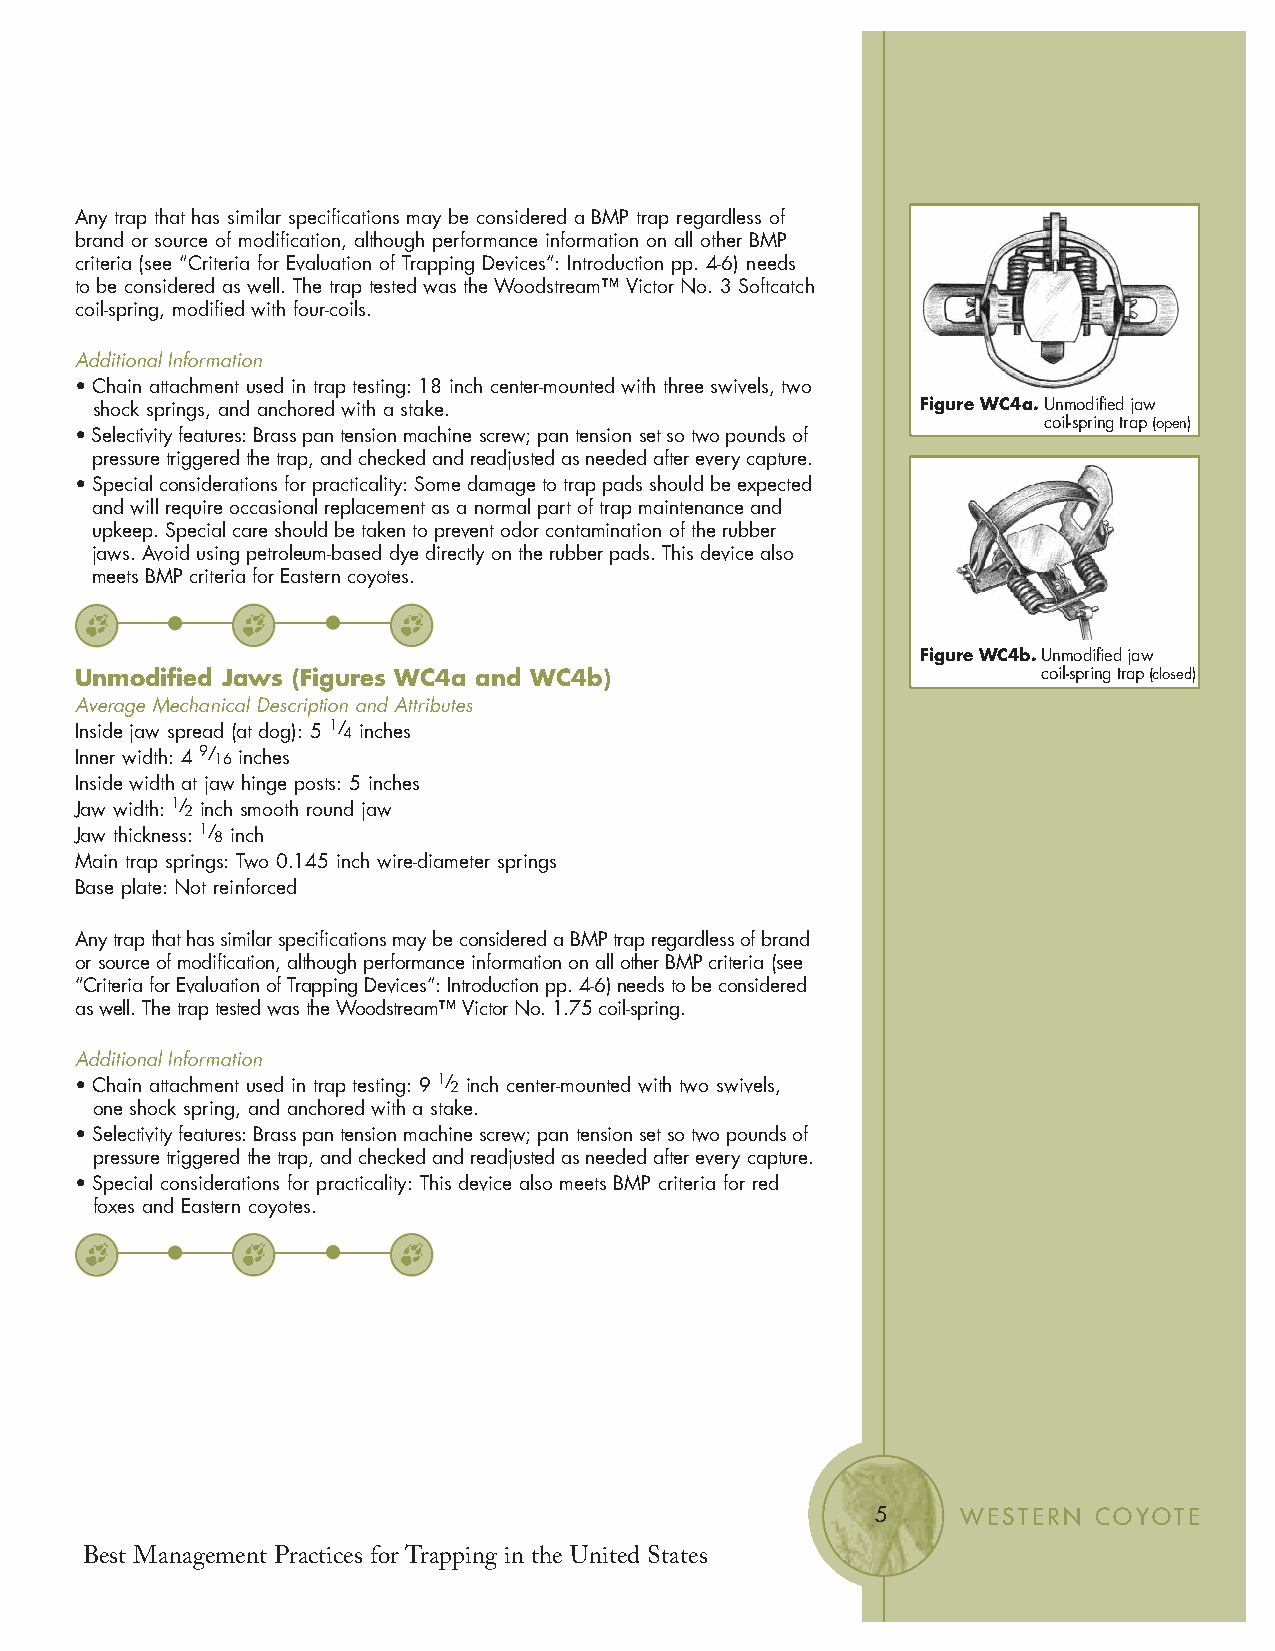
Any trap that has similar specifications may be considered a BMP trap regardless of
 brand or source of modification, although performance information on all other BMP
 criteria (see “Criteria for Evaluation of Trapping Devices”: Introduction pp. 4-6) needs
 to be considered as well. The trap tested was the Woodstream™ Victor No. 3 Softcatch
 coil-spring, modified with four-coils.
 Additional Information
 • Chain attachment used in trap testing: 18 inch center-mounted with three swivels, two
 shock springs, and anchored with a stake.              Figure WC4a.Unmodified jaw
 coil-spring trap(open)
 • Selectivity features: Brass pan tension machine screw; pan tension set so two pounds of
 pressure triggered the trap, and checked and readjusted as needed after every capture.
 • Special considerations for practicality: Some damage to trap pads should be expected
 and will require occasional replacement as a normal part of trap maintenance and
 upkeep. Special care should be taken to prevent odor contamination of the rubber
 jaws. Avoid using petroleum-based dye directly on the rubber pads. This device also
 meets BMP criteria for Eastern coyotes.
 Figure WC4b.Unmodified jaw
 Unmodified Jaws (Figures WC4a and WC4b)                         coil-spring trap(closed)
 Average Mechanical Description and Attributes
 Inside jaw spread (at dog): 5 1/ 4 inches
 Inner width: 4 9/ 16 inches
 Inside width at jaw hinge posts: 5 inches
 Jaw width: 1/ 2 inch smooth round jaw
 Jaw thickness: 1/ 8 inch
 Main trap springs: Two 0.145 inch wire-diameter springs
 Base plate: Not reinforced
 Any trap that has similar specifications may be considered a BMP trap regardless of brand
 or source of modification, although performance information on all other BMP criteria (see
 “Criteria for Evaluation of Trapping Devices”: Introduction pp. 4-6) needs to be considered
 as well. The trap tested was the Woodstream™ Victor No. 1.75 coil-spring.
 Additional Information
 • Chain attachment used in trap testing: 9 1/ 2 inch center-mounted with two swivels,
 one shock spring, and anchored with a stake.
 • Selectivity features: Brass pan tension machine screw; pan tension set so two pounds of
 pressure triggered the trap, and checked and readjusted as needed after every capture.
 • Special considerations for practicality: This device also meets BMP criteria for red
 foxes and Eastern coyotes.
 5     WESTERN COYOTE
 Best Management Practices for Trapping in the United States